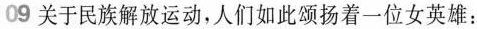
09关于民族解放运动，人们如此颂扬着一位女英雄：